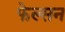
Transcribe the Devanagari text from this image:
फेल्सन